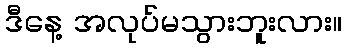
ဒီနေ့ အလုပ်မသွားဘူးလား။